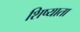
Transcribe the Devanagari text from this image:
शिष्याता